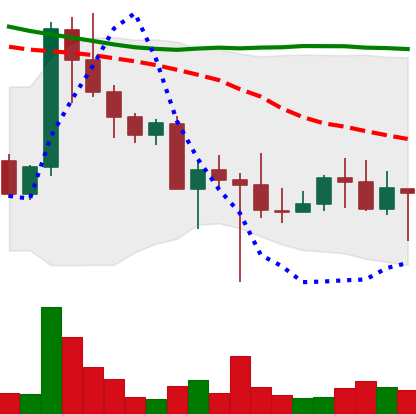
Ticker: DOGE-USD
Chart end date: 2022-10-21
Forward return: 22.695%
Label: up_7plus